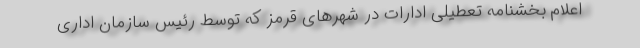
اعلام بخشنامه تعطیلی ادارات در شهرهای قرمز که توسط رئیس سازمان اداری